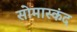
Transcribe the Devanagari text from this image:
सोमास्कंद